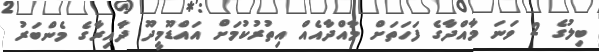
ބިލުގެ 2 ވަނަ މާއްދާގެ ފަހަތަށް މާއްދާއެއް އިތުރުކުމަށް އައްޑޫމީދޫ ދާއިރާގެ މެންބަރު